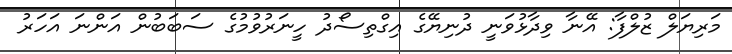
މަރިޔަލް ޒުލްފާ: އޭނާ ވިދާޅުވަނީ ދުނިޔޭގެ އިގްތިސޯދު ހީނަރުވުމުގެ ސަބަބުން އަންނަ އަހަރު